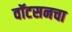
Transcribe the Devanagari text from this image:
वॉटसनचा